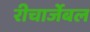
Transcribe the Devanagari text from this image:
रीचार्जेबल